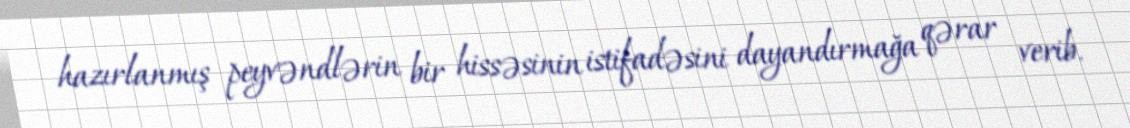
hazırlanmış peyvəndlərin bir hissəsinin istifadəsini dayandırmağa qərar verib.